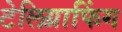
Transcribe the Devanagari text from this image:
टेलिग्राफिंग